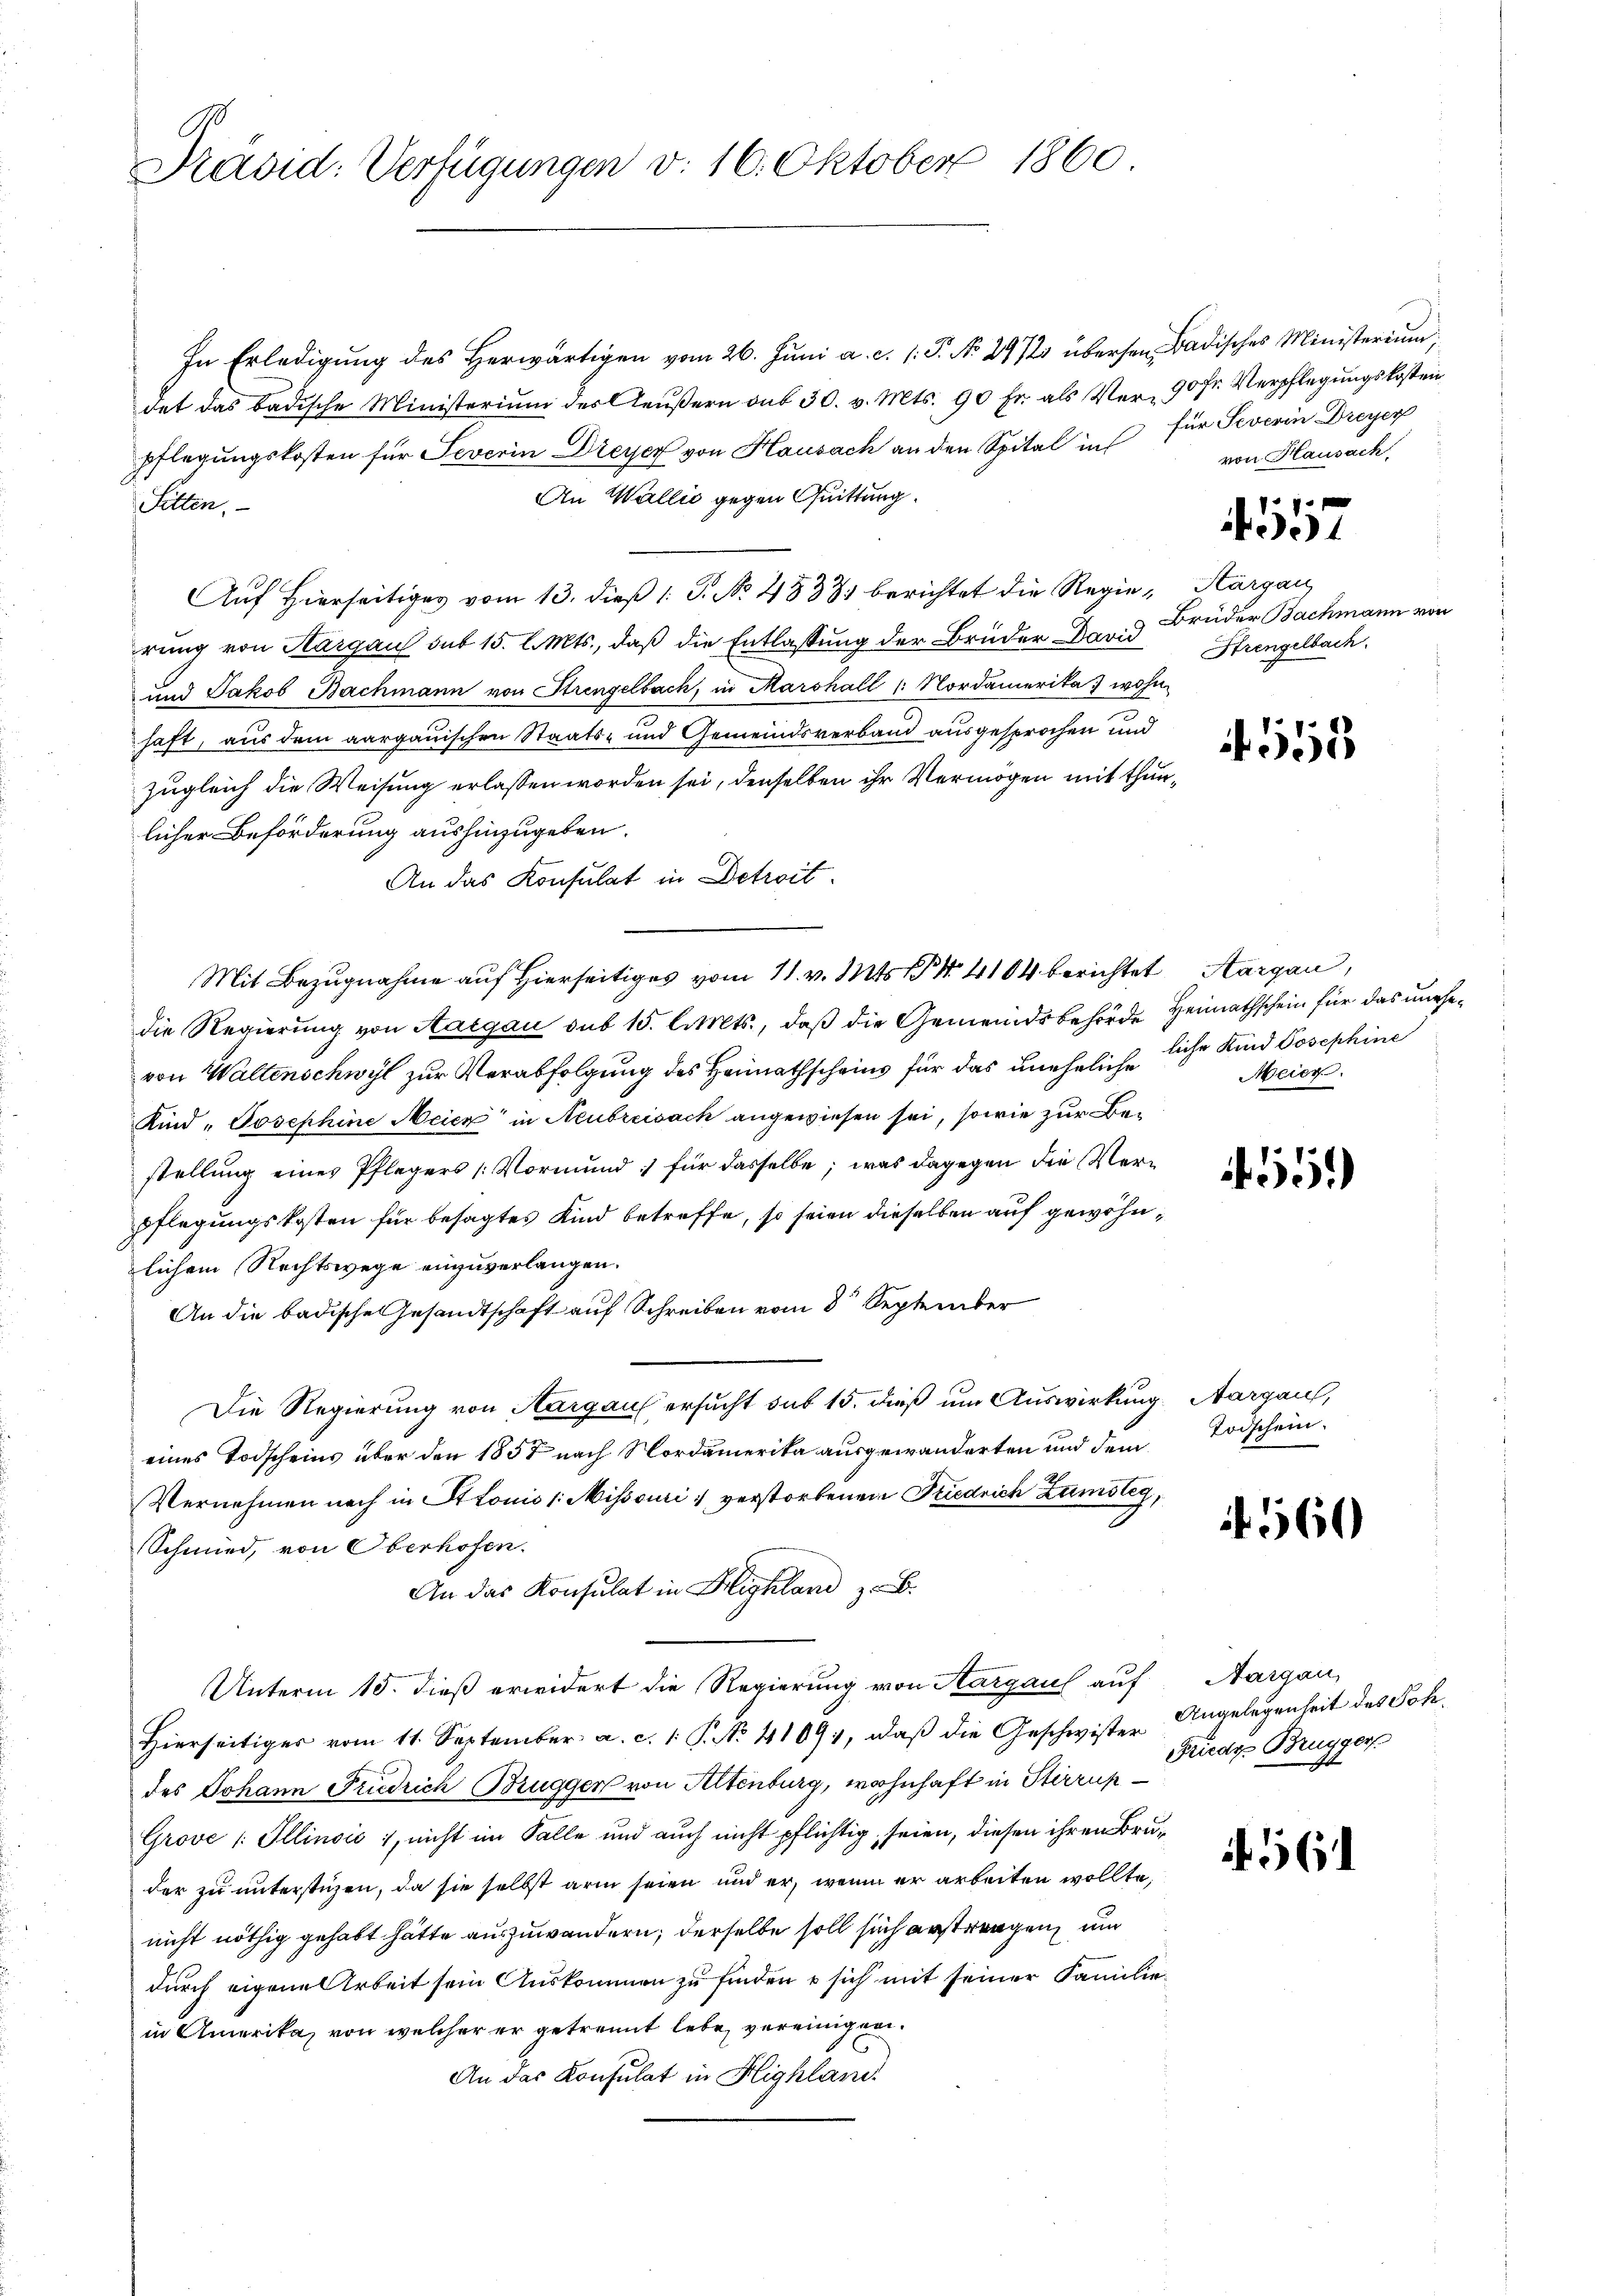
Präsid. Verfügungen v. 16. Oktober 1860

In Erledigŭng des herwärtigen vom 26. Jŭni a. c. /: P. No. 2972 übersen Badisches Ministerium,
det das badische Ministerium des Aeußern aus 30. v. Mts. 90 Fr. als Ver- 90 fr. Verpflegungskosten
pflegungskosten für Severin Dreyer von Hausach an den Spital in für Severin Dreyer
An Wallić gegen Quittung.
Sitten.
Auf Hierseitiges vom 13. dieß 1: P. No. 4833, berichtet die Regie- Margau
rung von Aargau sub 15. l. Mts., daß die Entlassung der Brüder David
und Jakob Bachmann von Strengelbach, in Marshall u Nordamerika wohn
haft, aus dem aargauischen Staats- und Gemeindsverband ausgesprochen und
zugleich die Weisung erlassen worden sei, denselben ihr Vermögen mit thunlicher Beförderung aushinzugeben.
An das Konsulat in Detroit.
Mit Bezugnahme auf hierseitiges vom 11. v. Mts. N. 4104 berichtet Aargau,
die Regierung von Aargau sub 15. l. Mts., daß die Gemeindsbehörde Heimathschein für das unehevon Waltenschwyl zur Verabfolgung des Heimathscheins für das uneheliche liche Kind Josephine
Kind Josephine Meier in Neubreisack angewiesen sei, sowie zur Bestellung eines Pflegers (: Vormund :/ für dasselbe; was dagegen die Verpflegungskosten für besagtes Kind betreffe, so seien dieselben auf gewöhnlichem Rechtswege einzuverlangen.
An die badische Gesandtschaft auf Schreiben vom 3t September
Die Regierung von Aargau ersucht sub 15. dieß um Auswirkung Aargau,
eines Todscheins über den 1858 nach Nordamerika ausgewanderten und dem
Vernehmen nach in Ottonio /: Missouri verstorbenen Friedrich Zumsteg,
Schmied, von Oberhofen.
An das Konsulat in Highland z. B.
Unterm 15. dieß erwidert die Regierung von Aargauf auf Aargau,
Hierseitiger vom 11. September a. c. 1. P. No. 41094, daß die Geschwister Angelegenheit des Sohdes Johann Friedrich Brugger von Altenburg, wohnhaft in Stirrup¬
Grove /: Illinoić), nicht im Falle und auch nicht pflichtig, seien, diesen ihren Bruder zu unterstüzen, da sie selbst arm seien und er, wenn er arbeiten wollte,
nicht nöthig gehabt hätte auszuwandern; derselbe soll sich erstrengen, um
durch eigene Arbeit sein Auskommen zu finden u sich mit seiner Familiein Amerika, von welcher er getrennt lebe, vereinigen.
An das Konsulat in Highland.

von Hausach

417

Brüder Bachmann von
Strengelbach.

553

Meier

55)

Todschein.

. 560

Friedr Bruggers

56